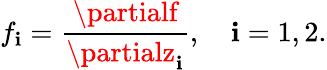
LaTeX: f_{\mathbf{i}}={\frac{{\partialf}}{{\partialz_{\mathbf{i}}}}},\quad\mathbf{i}=1,2.